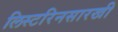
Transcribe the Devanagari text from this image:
लिस्टरिनसारखी